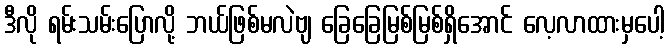
ဒီလို ရမ်းသမ်းပြောလို့ ဘယ်ဖြစ်မလဲဗျ ခြေခြေမြစ်မြစ်ရှိအောင် လေ့လာထားမှပေါ့